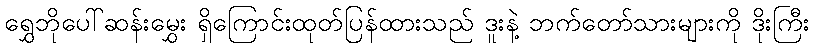
ရွှေဘိုပေါ်ဆန်းမွှေး ရှိကြောင်းထုတ်ပြန်ထားသည် ဒူးနဲ့ ဘက်တော်သားများကို ဒိုးကြီး